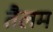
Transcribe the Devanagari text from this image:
तैलम